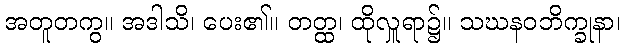
အတူတကွ။ အဒါသိ၊ ပေး၏။ တတ္ထ၊ ထိုလှူရာ၌။ သဃနဝဘိက္ခုနာ၊